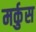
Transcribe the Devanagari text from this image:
मर्कुस